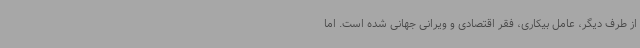
از طرف دیگر، عامل بیکاری، فقر اقتصادی و ویرانی جهانی شده است. اما